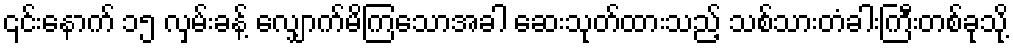
၎င်းနောက် ၁၅ လှမ်းခန့် လျှောက်မိကြသောအခါ ဆေးသုတ်ထားသည့် သစ်သားတံခါးကြီးတစ်ခုသို့